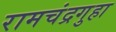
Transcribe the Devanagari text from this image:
रामचंद्रगुहा